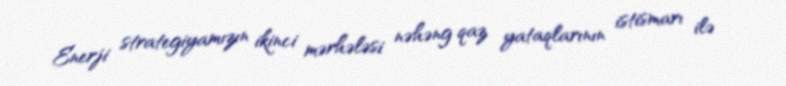
Enerji strategiyamızın ikinci mərhələsi nəhəng qaz yataqlarının istismarı ilə